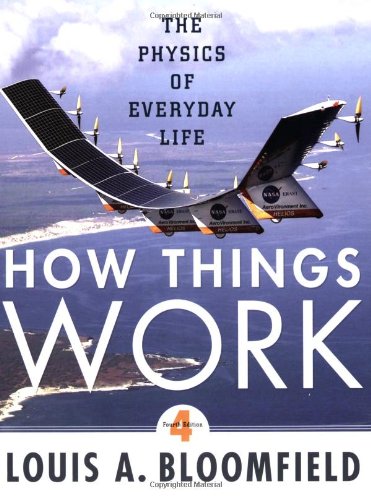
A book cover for How Things Work: The Physics of Everyday Life; Louis A. Bloomfield; Science & Math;